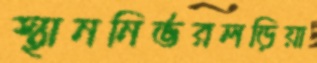
স্থাননির্ভরলড়িয়া